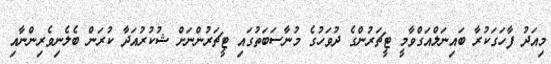
މިއަދު ފާހަގަކުރާ ބައިނަލްއަގްވާމީ ޓީޗަރުންގެ ދުވަހުގެ މުނާސަބަތުގައި ޓީޗަރުންނަށް ޝުކުރުއަދާ ކުރަން ބެލެނިވެރިންނާއި